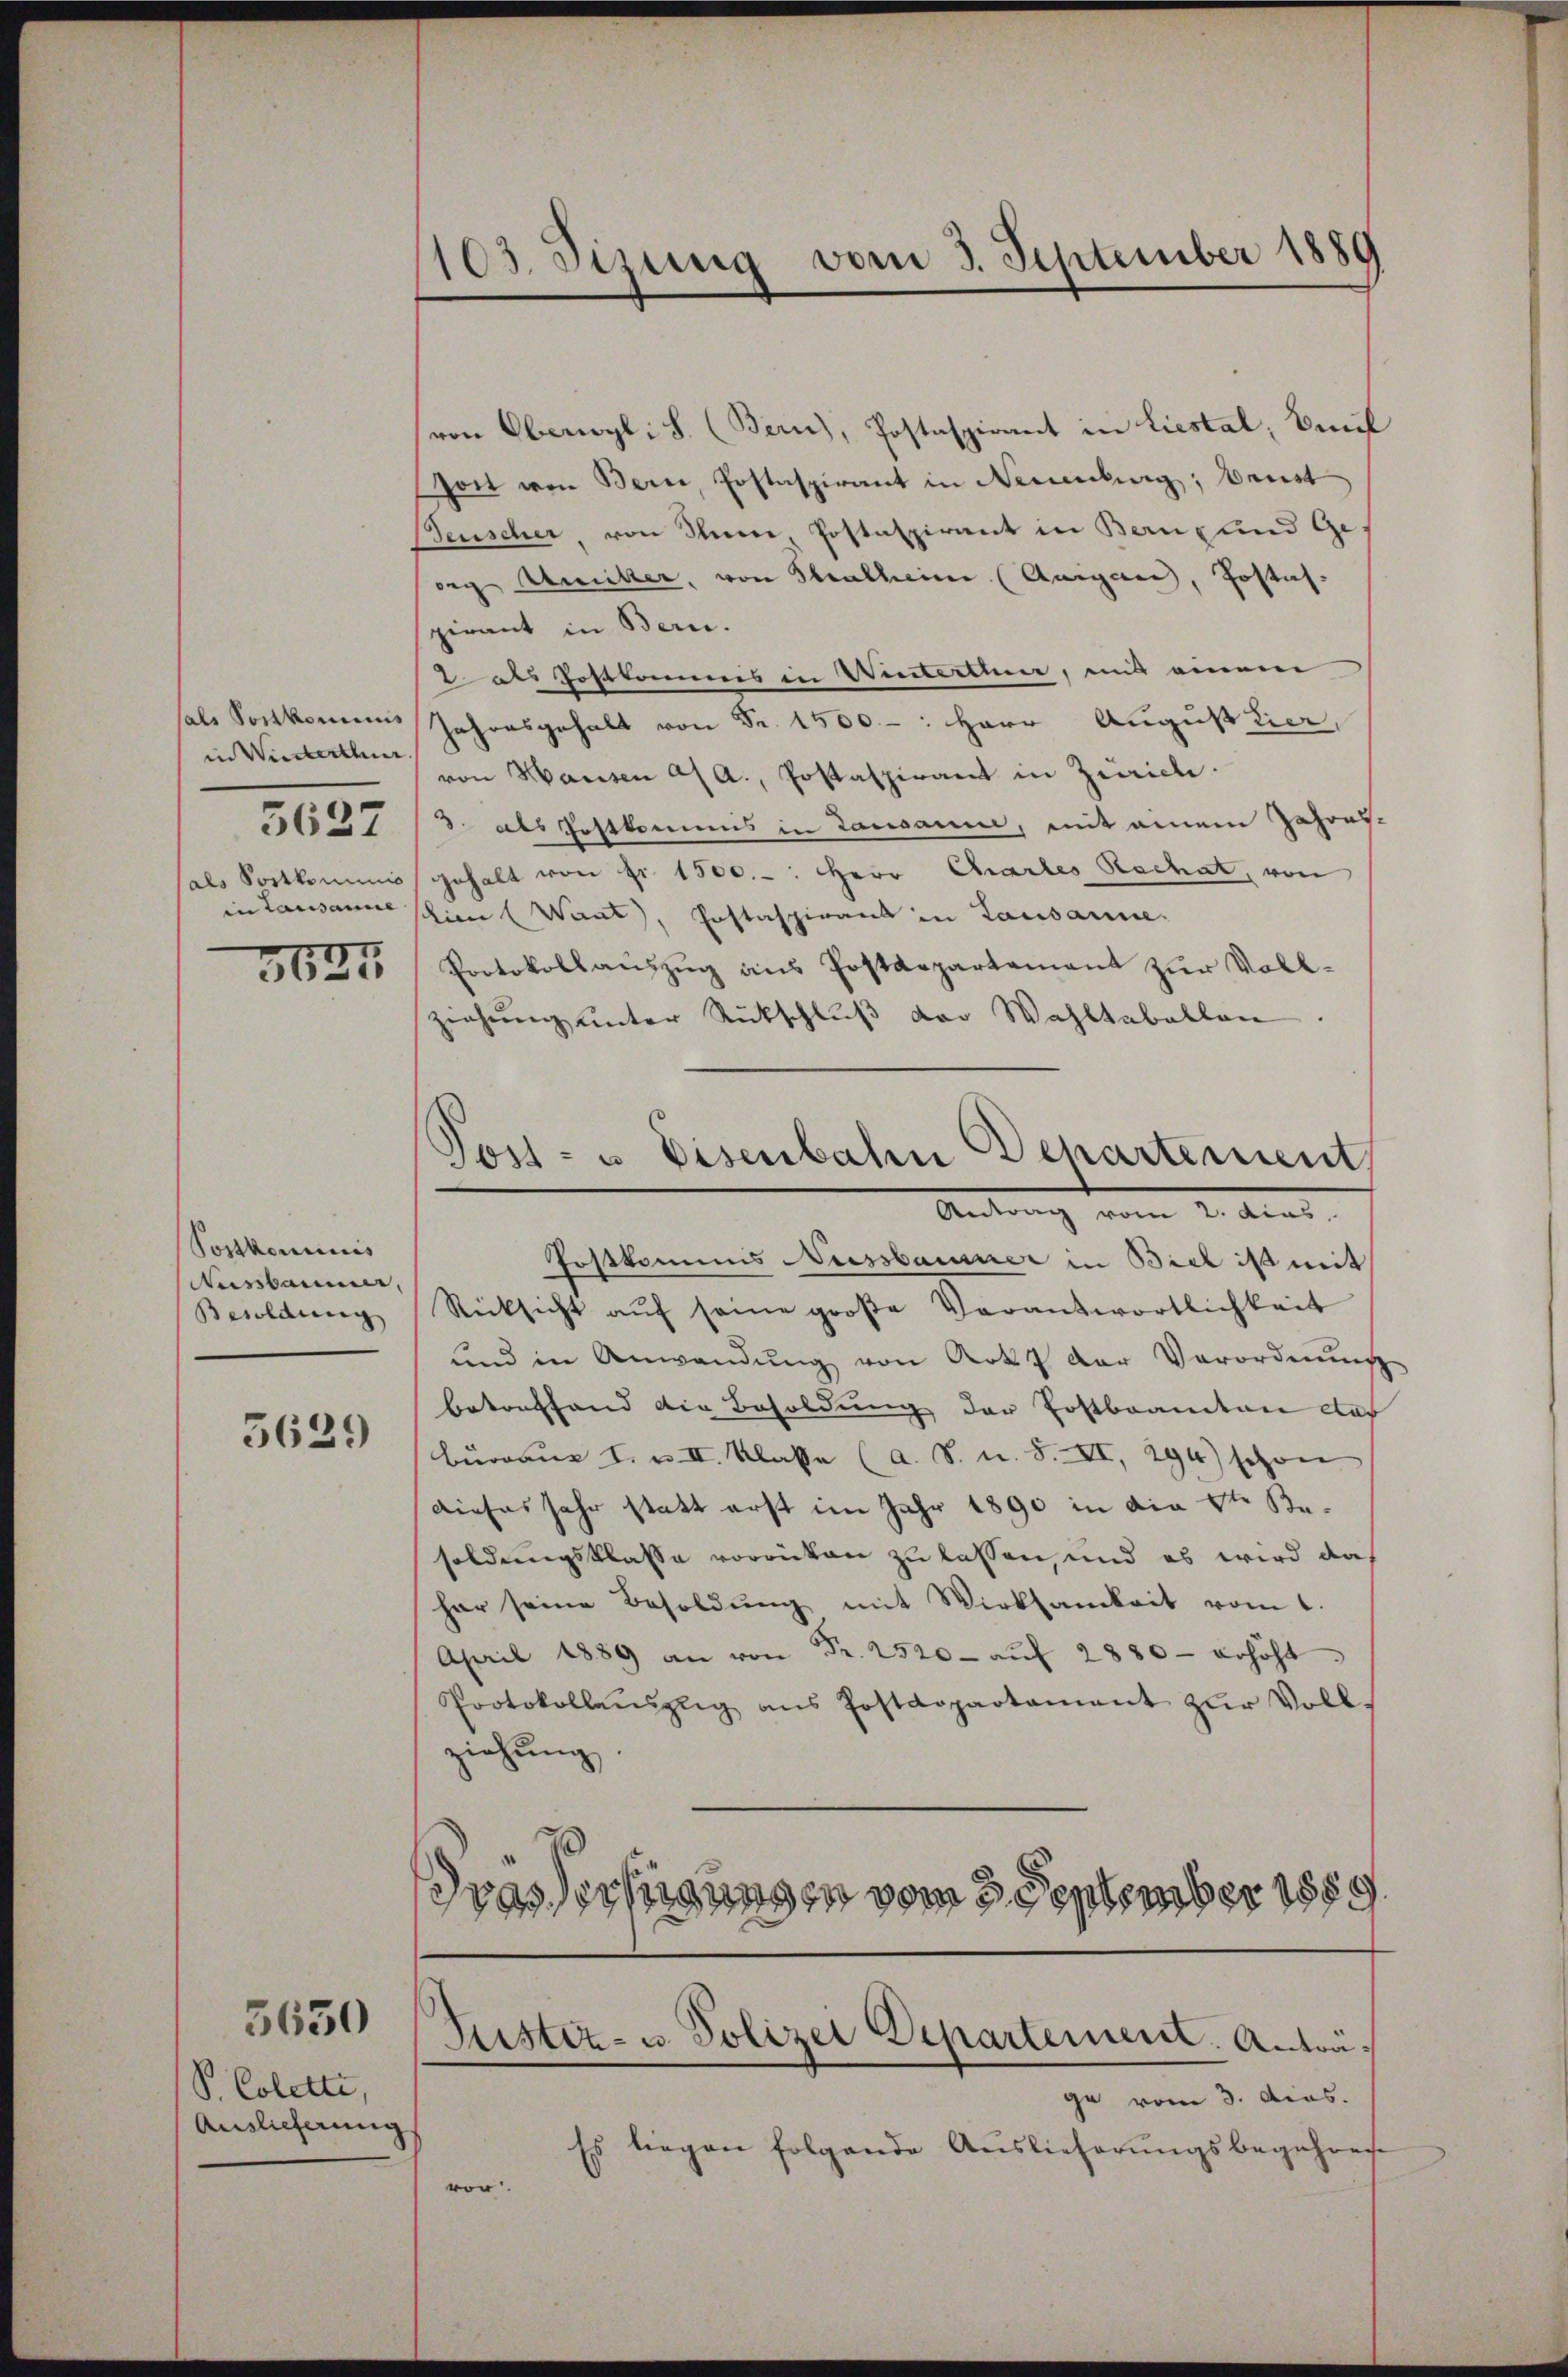
sals Vorkommnis
in Winterthur
als Portkommnis
in Lausanne
3627

5627

Postkominis
Ausbaumer,
Besoldung

5629

S. Colette,
Auslieferung

3650

103. Sizung vom 3. September 1889

(von Obergl. S. (Bern), Postaspirant in Liestal, Emil
son von Bern, Postaspirant in Neuenburg, Beist
euscher, von Ihrer Postaspirant in Bern, und Ge-
org Mutter, von Stralheim (Aargau, Postus.
pirant in Bern.
2 des Postkommis in Winterten, mit einem
Jahresgehalt von Fr. 1500 - : Herr August tier,
von Hausen a. a., Postaspirant in Zürich.
 als Festkommnis in Lausanne, mit einem Jahres-
gehalt von Fr. 1500.-: Herr Chartes Rechat, von
schien (Want, Postaspirant in Lausanne.
Protokollaŭszŭg ans Postdepartement zŭr Voll-
ziehung unter Rütschlŭβ der Wahltabellen.
Post- u. Eisenbahn Departement
Antrag vom 2. dies
Postkommis Nussbausner in Biel ist mit
Rücksicht aŭf seine große Verantwortlichkeit
und in Anwendŭng von Art der Verordnung
Bekonftand die Besoldung der Postbrannten das
büraŭs I. u. II. Klasse (a. S. u. S. XI, 294) schon
dieses sehr statt erst im Jahr 1890 in die Stern Besoldungsklasse vorrücken zu lassen, und es wird das
har seine Besoldung mit Wirksamkeit vom 1.
April 1889 an von Fr. 2520- aŭf 2880 - erhöht
Protokollaŭszŭg ans Postdepartament zŭr Voll-
ziehung.
rasserfügungen vom 3. September 1889

Justiz- u. Polizei Departement. Antra¬

ge vom 3. dens.
)
Es liegen folgende Auslieferŭngsbegehren
vor.